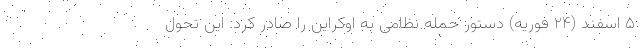
۵ اسفند (۲۴ فوریه) دستور حمله نظامی به اوکراین را صادر کرد. این تحول